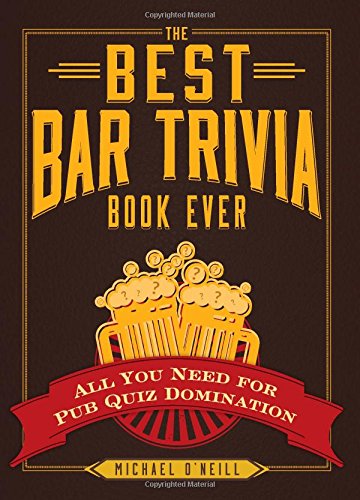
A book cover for The Best Bar Trivia Book Ever: All You Need for Pub Quiz Domination; Michael O'Neill; Humor & Entertainment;